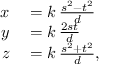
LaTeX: \begin{array} { r l } { x } & { { } = k \, { \frac { s ^ { 2 } - t ^ { 2 } } { d } } } \\ { y } & { { } = k \, { \frac { 2 s t } { d } } } \\ { z } & { { } = k \, { \frac { s ^ { 2 } + t ^ { 2 } } { d } } , } \end{array}